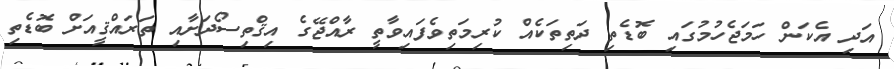
އަދި އެކަން ހަމަޖެހުމުގައި ބޮޑެތި ދަތިތަކެއް ކުރިމަތިވެފައިވާތީ ރާއްޖޭގެ އިޤްތިސޯދަށާއި ތަރައްޤީއަށް ބޮޑެތި